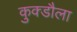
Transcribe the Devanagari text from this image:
कुक्डौला